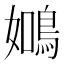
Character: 𬷑